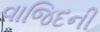
વાજિદની